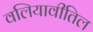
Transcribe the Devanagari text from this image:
वलियावीतिल